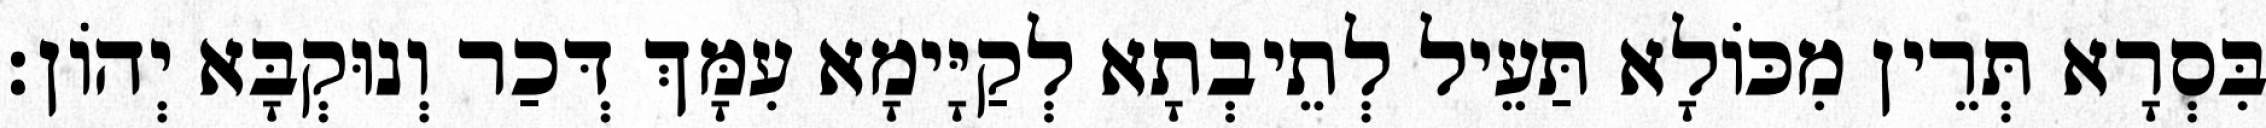
בִּסְרָא תְּרֵין מִכּוֹלָא תַּעֵיל לְתֵיבְתָא לְקַיָּימָא עִמָּךְ דְּכַר וְנוּקְבָּא יְהוֹן׃